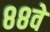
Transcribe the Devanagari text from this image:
८८वे